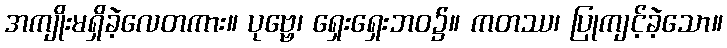
အကျိုးမရှိခဲ့လေတကား။ ပုဗ္ဗေ၊ ရှေးရှေးဘဝ၌။ ကတဿ၊ ပြုကျင့်ခဲ့သော။